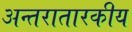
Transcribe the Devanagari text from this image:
अन्तरातारकीय